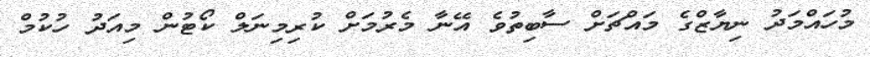
މުހައްމަދު ނިޔާޒްގެ މައްޗަށް ސާބިތުވެ އޭނާ މެރުމަށް ކުރިމިނަލް ކޯޓުން މިއަދު ހުކުމް